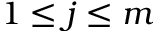
1 \leq j \leq m